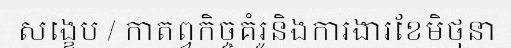
សង្ខេប / កាតព្វកិច្ចគំរូនិងការងារខែមិថុនា